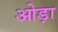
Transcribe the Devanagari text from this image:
ओड़ा